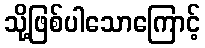
သို့ဖြစ်ပါသောကြောင့်